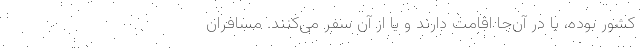
کشور بوده، یا در آن‌جا اقامت دارند و یا از آن سفر می‌کنند. مسافران